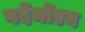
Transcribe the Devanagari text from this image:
गर्देर्मोएन